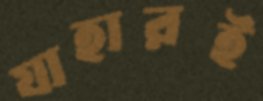
যাহারই